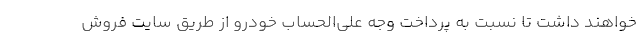
خواهند داشت تا نسبت به پرداخت وجه علی‌الحساب خودرو از طریق سایت فروش